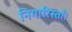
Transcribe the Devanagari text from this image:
निगारिस्ताँ।